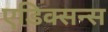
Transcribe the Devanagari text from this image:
एडिक्सन्स